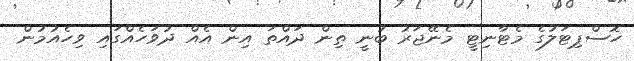
ހޮސްޕިޓަލުގެ މެޓާނިޓީ މެނޭޖަރު ބުނީ ތިން ދައްތަ އިން އެއް ދުވަހެއްގައި ވިހެއުމުން